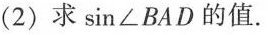
(2)求\sin∠BAD的值。